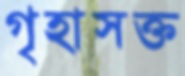
গৃহাসক্ত